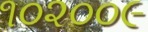
૧૦૨૦૦૯